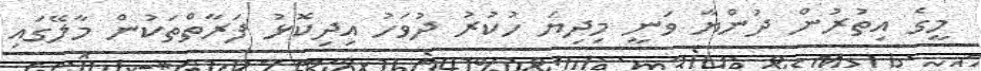
މީގެ އިތުރުން ދުންޔާ ވަނީ މިދިޔަ ހުކުރު ދުވަހު އިދިކޮޅު ފަރާތްތަކުން މާލޭގައި